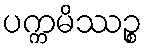
ပက္ကမိဿဉ္စ